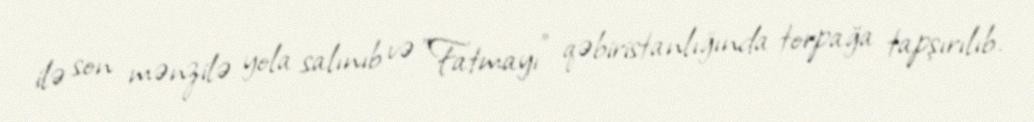
ilə son mənzilə yola salınıb və "Fatmayı" qəbiristanlığında torpağa tapşırılıb.